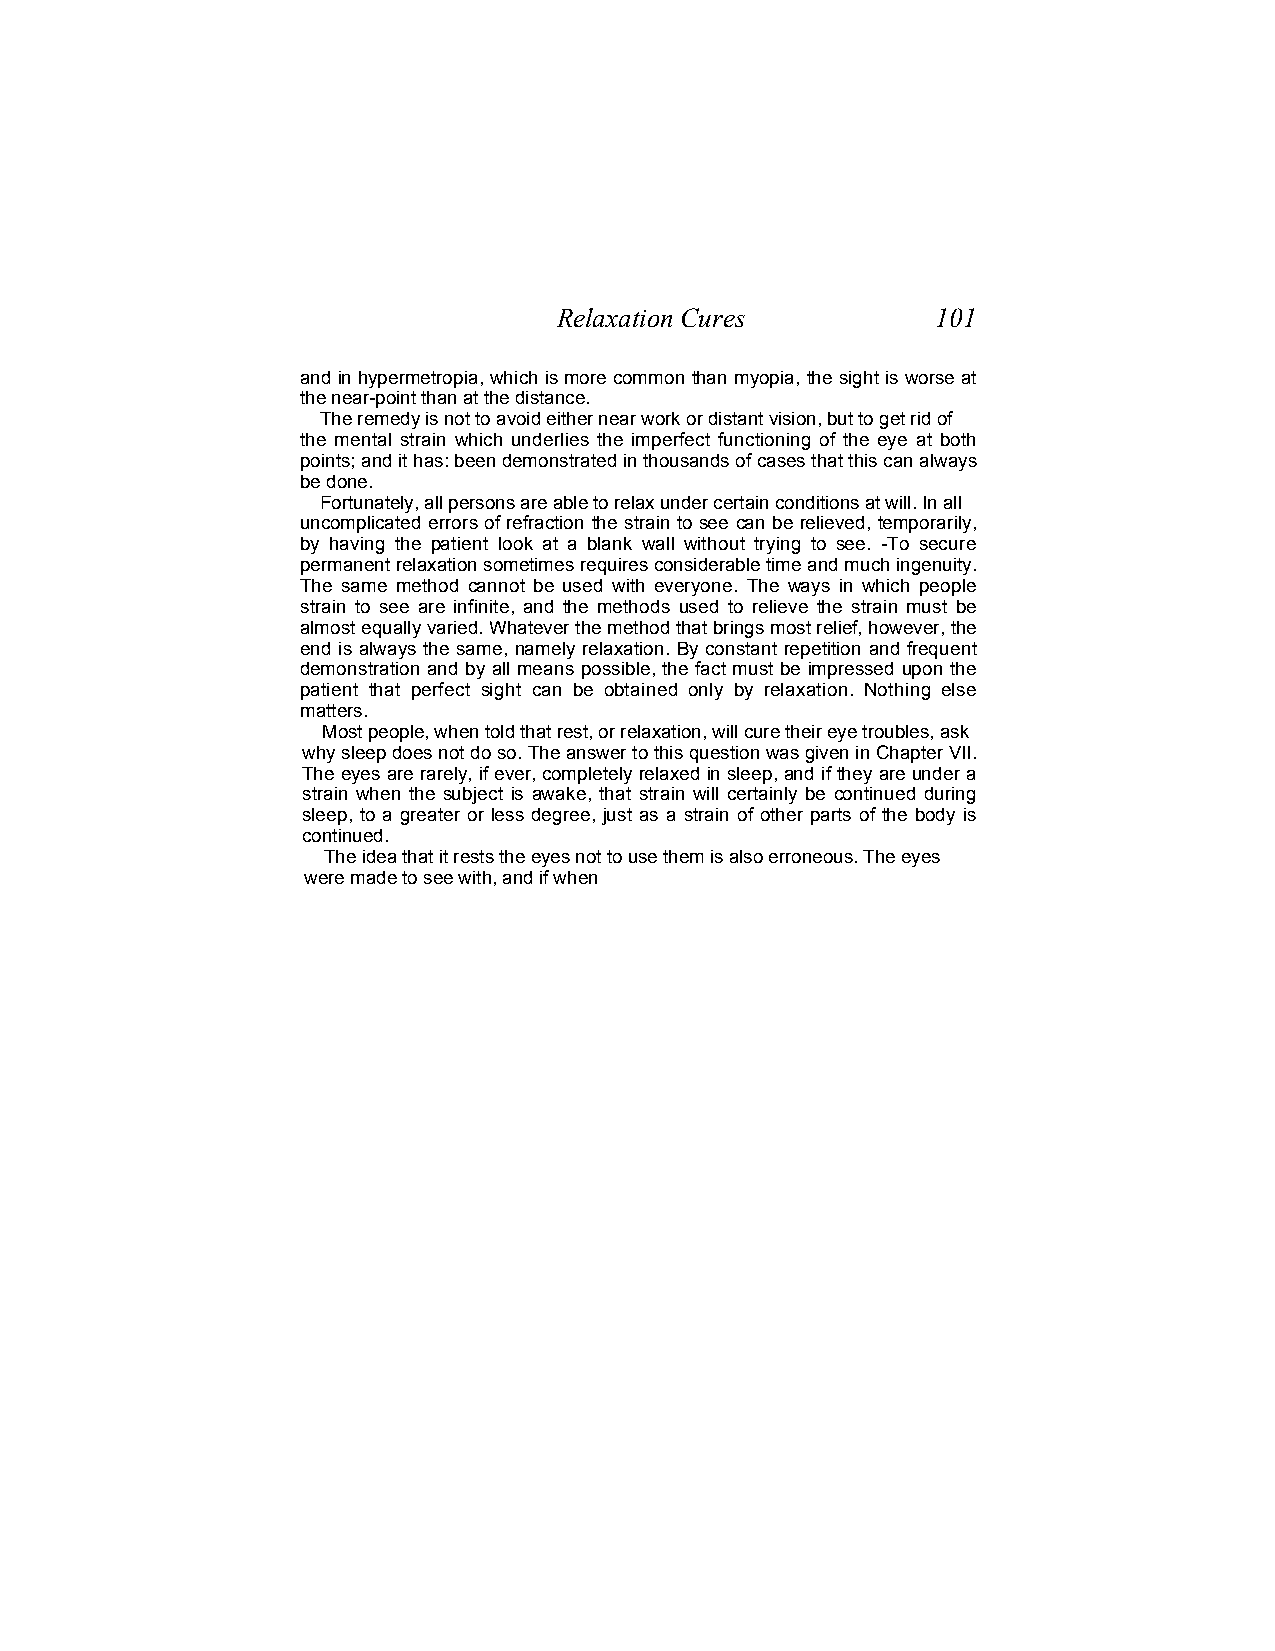
Relaxation Cures         101
 and in hypermetropia, which is more common than myopia, the sight is worse at
 the near-point than at the distance.
 The remedy is not to avoid either near work or distant vision, but to get rid of
 the mental strain which underlies the imperfect functioning of the eye at both
 points; and it has: been demonstrated in thousands of cases that this can always
 be done.
 Fortunately, all persons are able to relax under certain conditions at will. In all
 uncomplicated errors of refraction the strain to see can be relieved, temporarily,
 by having the patient look at a blank wall without trying to see. -To secure
 permanent relaxation sometimes requires considerable time and much ingenuity.
 The same method cannot be used with everyone. The ways in which people
 strain to see are infinite, and the methods used to relieve the strain must be
 almost equally varied. Whatever the method that brings most relief, however, the
 end is always the same, namely relaxation. By constant repetition and frequent
 demonstration and by all means possible, the fact must be impressed upon the
 patient that perfect sight can be obtained only by relaxation. Nothing else
 matters.
 Most people, when told that rest, or relaxation, will cure their eye troubles, ask
 why sleep does not do so. The answer to this question was given in Chapter VII.
 The eyes are rarely, if ever, completely relaxed in sleep, and if they are under a
 strain when the subject is awake, that strain will certainly be continued during
 sleep, to a greater or less degree, just as a strain of other parts of the body is
 continued.
 The idea that it rests the eyes not to use them is also erroneous. The eyes
 were made to see with, and if when